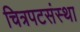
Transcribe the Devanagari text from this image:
चित्रपटसंस्था